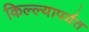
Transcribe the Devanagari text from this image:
किल्ल्यापर्यत